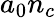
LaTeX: a_{0}n_{c}